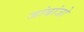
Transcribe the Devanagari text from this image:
जांबांजो